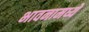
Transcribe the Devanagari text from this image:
भावनामध्ये